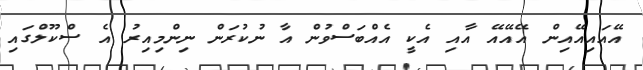
އޭއައިއޭއިން އޭއޭއޭ އާއި އެކީ އެއްބަސްވުން އާ ނުކުރަން ނިންމިއިރު އެ ސްކޫލްގައި